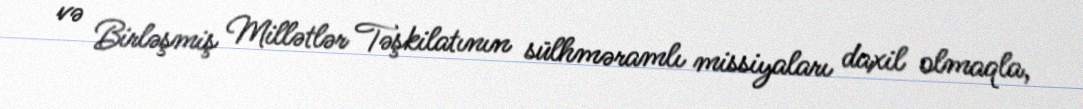
və Birləşmiş Millətlər Təşkilatının sülhməramlı missiyaları daxil olmaqla,